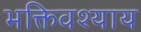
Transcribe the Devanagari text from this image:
भक्तिवश्याय